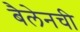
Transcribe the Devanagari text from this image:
बैलेनची